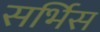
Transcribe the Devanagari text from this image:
सर्भिस